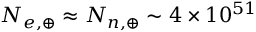
N _ { e , \oplus } \approx N _ { n , \oplus } \sim 4 \times 1 0 ^ { 5 1 }